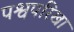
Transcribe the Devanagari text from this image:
पश्वपरिखा